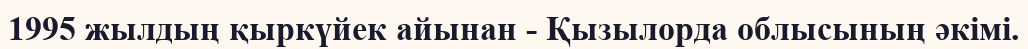
1995 жылдың қыркүйек айынан - Қызылорда облысының әкімі.